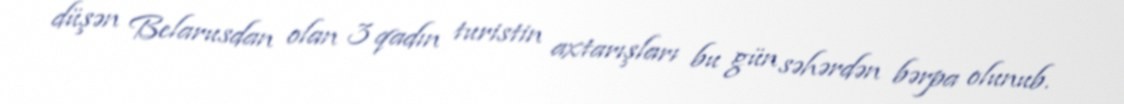
düşən Belarusdan olan 3 qadın turistin axtarışları bu gün səhərdən bərpa olunub.